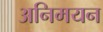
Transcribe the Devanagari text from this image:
अनिमयन